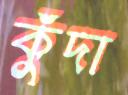
কুঁদা